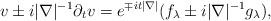
LaTeX: \begin{align*}v\pm i |\nabla|^{-1}\partial_t v=e^{\mp i t |\nabla|} (f_\lambda \pm i |\nabla|^{-1} g_\lambda ),\end{align*}